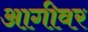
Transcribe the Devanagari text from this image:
आगीवर